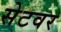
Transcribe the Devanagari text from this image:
सेटवर